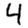
Digit: 4